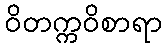
ဝိတက္ကဝိစာရာ